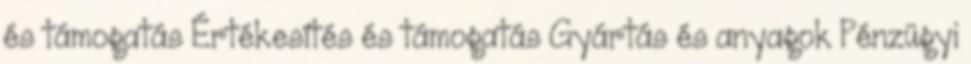
és támogatás Értékesítés és támogatás Gyártás és anyagok Pénzügyi